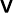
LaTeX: \mathsf{v}